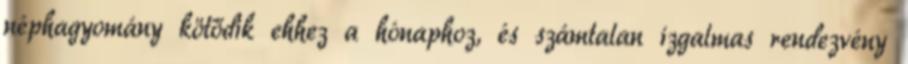
néphagyomány kötődik ehhez a hónaphoz, és számtalan izgalmas rendezvény